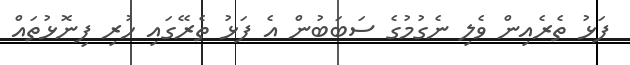
ފަޅު ތެރެއިން ވެލި ނެގުމުގެ ސަބަބުން އެ ފަޅު ތެރޭގައި ހުރި ފިނޮޅުތައް